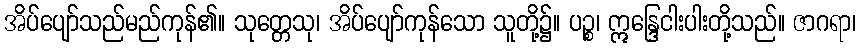
အိပ်ပျော်သည်မည်ကုန်၏။ သုတ္တေသု၊ အိပ်ပျော်ကုန်သော သူတို့၌။ ပဉ္စ၊ ဣန္ဒြေငါးပါးတို့သည်။ ဇာဂရာ၊